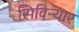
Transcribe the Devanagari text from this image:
सिविन्यार